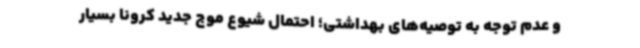
و عدم توجه به توصیه‌های بهداشتی؛ احتمال شیوع موج جدید کرونا بسیار